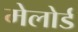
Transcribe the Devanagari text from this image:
मेलोर्ड